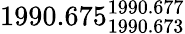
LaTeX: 1990.675_{1990.673}^{1990.677}